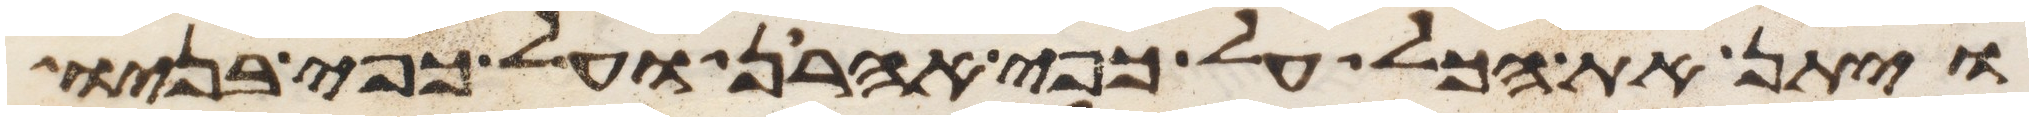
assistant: ויתן את הכל על כפי אהרן ועל כפי בניו